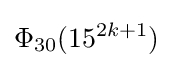
\Phi _{30}(15^{2k+1})